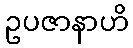
ဥပဇာနာဟိ